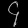
Digit: ၄